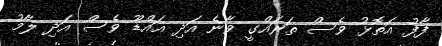
ފާފު އަތޮޅު ވެސް ތަރައްގީ ވާނެ އަދި އައްޑޫ ވެސް އަދި ލާމު